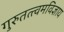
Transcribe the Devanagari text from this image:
गुरुतत्त्वमविज्ञाय